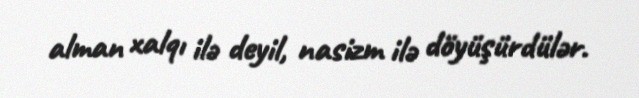
alman xalqı ilə deyil, nasizm ilə döyüşürdülər.